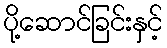
ပို့ဆောင်ခြင်းနှင့်